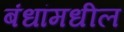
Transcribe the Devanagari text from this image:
बंधांमधील